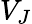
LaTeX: V_{J}